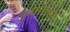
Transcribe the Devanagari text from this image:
लेजरडिस्कों